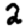
Digit: 2